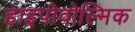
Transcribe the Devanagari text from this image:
हाइपोवोल्मिक